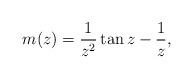
LaTeX: \begin{align*}m(z)=\dfrac 1{z^2}\tan z-\dfrac 1z,\end{align*}